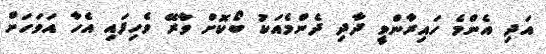
އަދި އެންމެ ހައިރާންވީ ދާދި ދެންމެއަކު ބޯކޮށް ވާރޭ ވެހިފައި އެހާ އަވަހަށް